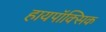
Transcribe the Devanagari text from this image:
हायपॉक्सिक